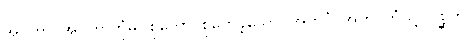
အဝိဟာ၊ အဝိဟာဘုံမှ။ စုတော၊ စုတေခဲ့သော်။ အတပ္ပံ၊ အတပ္ပဘုံသို့။ ဂစ္ဆတိ၊